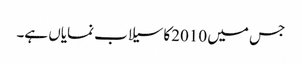
جس میں 2010کا سیلاب نمایاں ہے۔